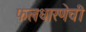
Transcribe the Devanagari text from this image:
फलधारणेची